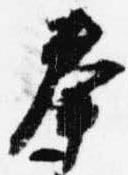
奉